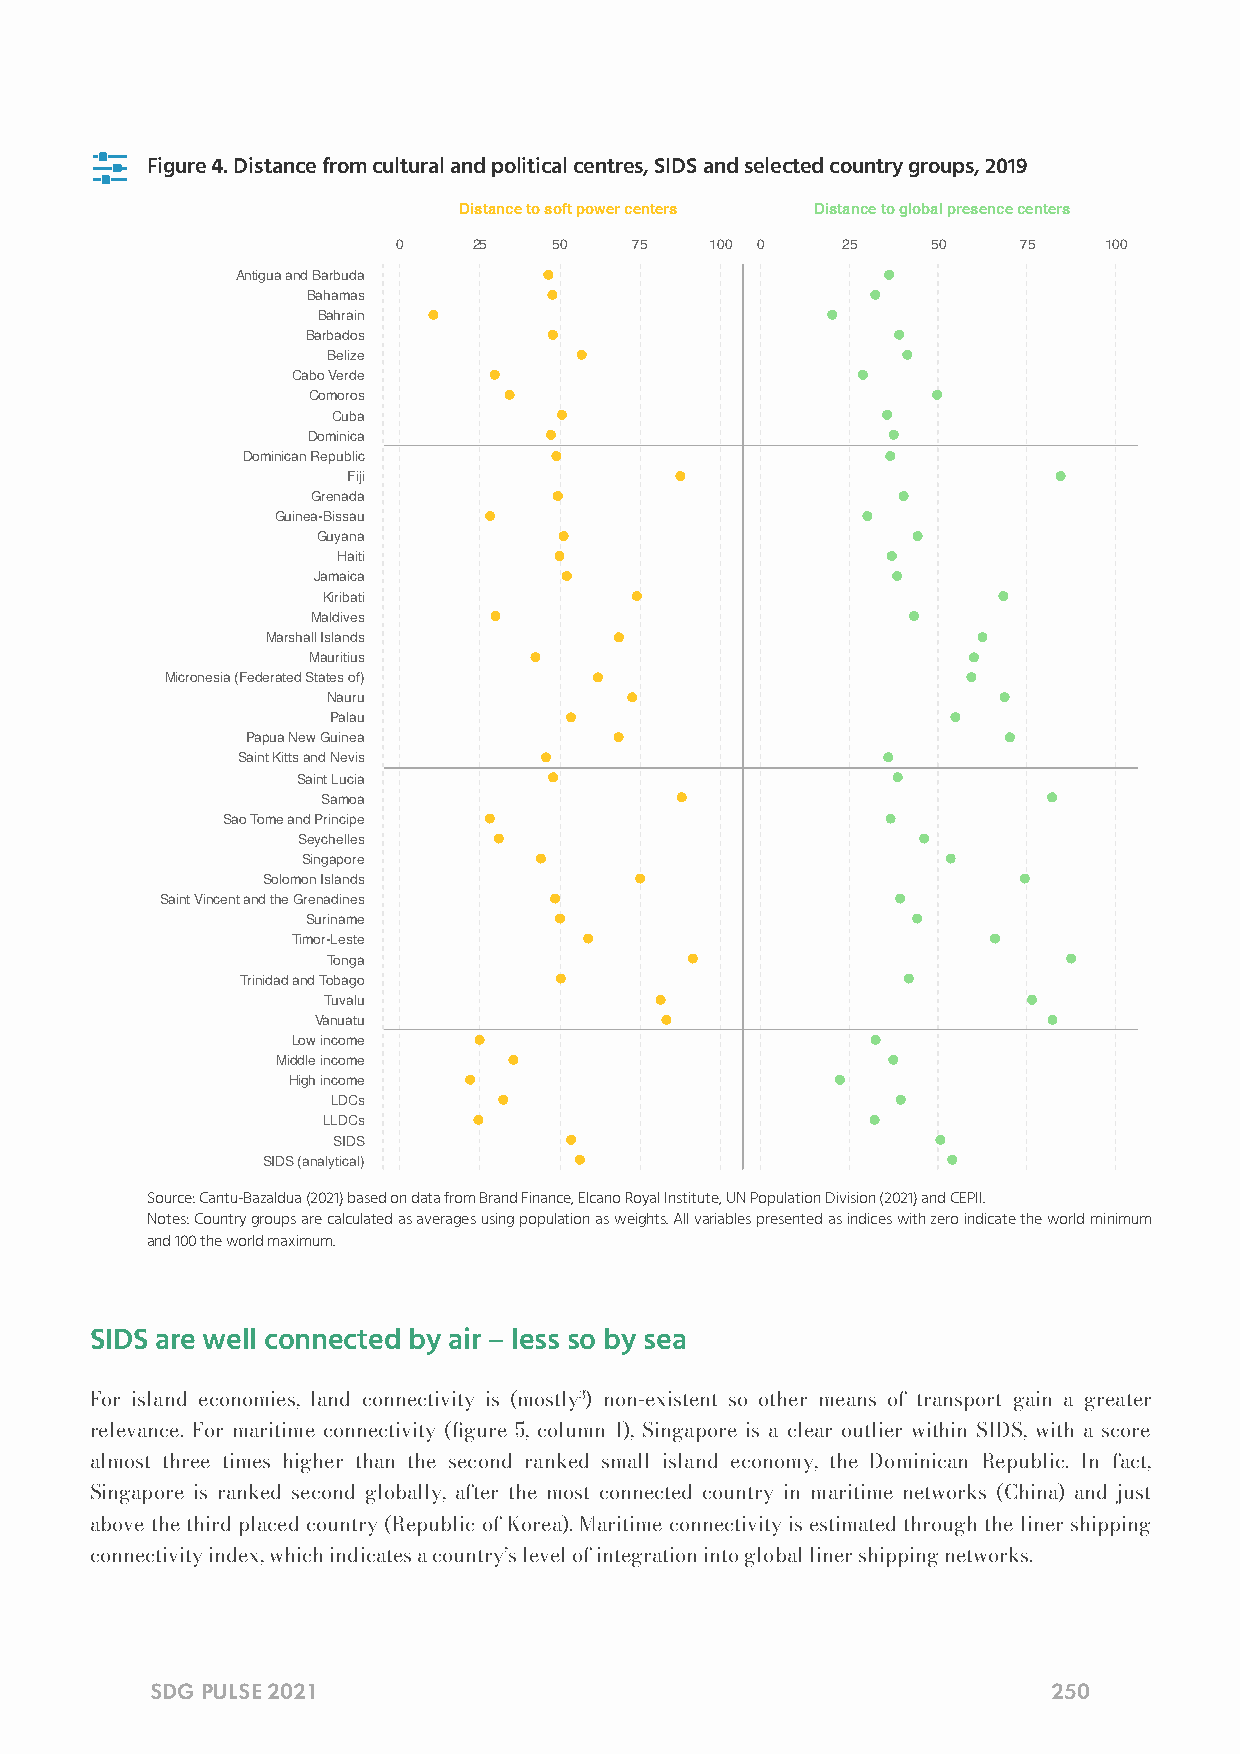

 Figure 4. Distance from cultural and political centres, SIDS and selected country groups, 2019
 Distance to soft power centers Distance to global presence centers
 0    25    50   75   100 0    25    50    75   100
 Antigua and Barbuda
 Bahamas
 Bahrain
 Barbados
 Belize
 Cabo Verde
 Comoros
 Cuba
 Dominica
 Dominican Republic
 Fiji
 Grenada
 Guinea-Bissau
 Guyana
 Haiti
 Jamaica
 Kiribati
 Maldives
 Marshall Islands
 Mauritius
 Micronesia (Federated States of)
 Nauru
 Palau
 Papua New Guinea
 Saint Kitts and Nevis
 Saint Lucia
 Samoa
 Sao Tome and Principe
 Seychelles
 Singapore
 Solomon Islands
 Saint Vincent and the Grenadines
 Suriname
 Timor-Leste
 Tonga
 Trinidad and Tobago
 Tuvalu
 Vanuatu
 Low income
 Middle income
 High income
 LDCs
 LLDCs
 SIDS
 SIDS (analytical)
 Source: Cantu-Bazaldua (2021) based on data from Brand Finance, Elcano Royal Institute, UN Population Division (2021) and CEPII.
 Notes: Country groups are calculated as averages using population as weights. All variables presented as indices with zero indicate the world minimum
 and 100 the world maximum.
 SIDS are well connected by air – less so by sea
 For island economies, land connectivity is (mostly3) non-existent so other means of transport gain a greater
 relevance. For maritime connectivity (gure 5, column 1), Singapore is a clear outlier within SIDS, with a score
 almost three times higher than the second ranked small island economy, the Dominican Republic. In fact,
 Singapore is ranked second globally, after the most connected country in maritime networks (China) and just
 above the third placed country (Republic of Korea). Maritime connectivity is estimated through the liner shipping
 connectivity index, which indicates a country’s level of integration into global liner shipping networks.
 SDG PULSE 2021                                              250